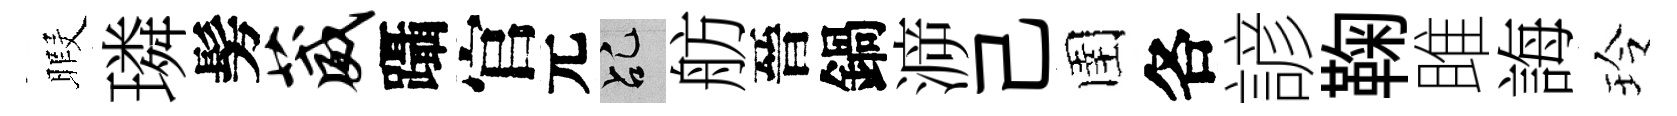
暇璘髣葳躡官元乩舫晉鍋㴑己圉各諺鞠雎誨玲